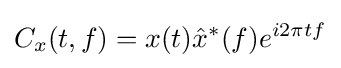
C_{x}(t,f)=x(t){\hat {x}}^{*}(f)e^{i2\pi tf}